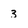
Character: 3